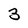
Character: 3